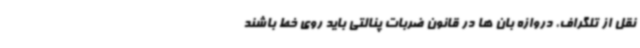
نقل از تلگراف، دروازه بان ها در قانون ضربات پنالتی باید روی خط باشند